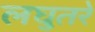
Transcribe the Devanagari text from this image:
लघुतरे